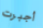
أجبرت